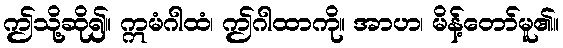
ဤသို့ဆို၍။ ဣမံဂါထံ၊ ဤဂါထာကို။ အာဟ၊ မိန့်တော်မူ၏။